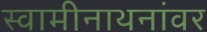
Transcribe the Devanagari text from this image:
स्वामीनाथनांवर